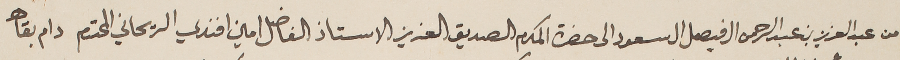
من عبد العزيز عبد الرحمن ال فيصل ال سعود الى حضرة المكرم الصديق العزيز الاستاذ الفاضل امين افندي الريحاني المحترم دام بقاه